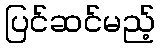
ပြင်ဆင်မည့်